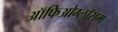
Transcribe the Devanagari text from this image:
ऑफिओग्लॉसम